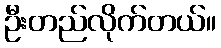
ဦးတည်လိုက်တယ်။